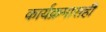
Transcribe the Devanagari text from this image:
कार्यक्रमासही